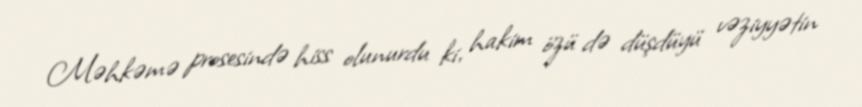
Məhkəmə prosesində hiss olunurdu ki, hakim özü də düşdüyü vəziyyətin